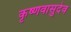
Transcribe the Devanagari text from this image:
कृष्णवासुदेव